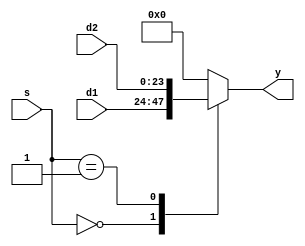
module mux2(
    input [7:0] s,
    input [23:0] d1,
    input [23:0] d2,
    output reg [23:0] y
);

    always @ (s or d1 or d2)
        case (s)
            8'd0: y <= d1;
            8'd1: y <= d2;
            default: y <= 24'd0;
        endcase

        endmodule